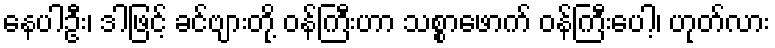
နေပါဦး၊ ဒါဖြင့် ခင်ဗျားတို့ ဝန်ကြီးဟာ သစ္စာဖောက် ဝန်ကြီးပေါ့၊ ဟုတ်လား